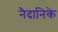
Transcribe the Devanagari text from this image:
नैदानिके